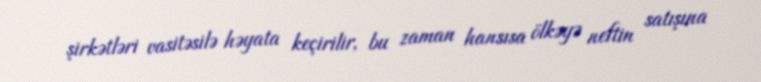
şirkətləri vasitəsilə həyata keçirilir, bu zaman hansısa ölkəyə neftin satışına